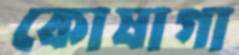
কোষাগা